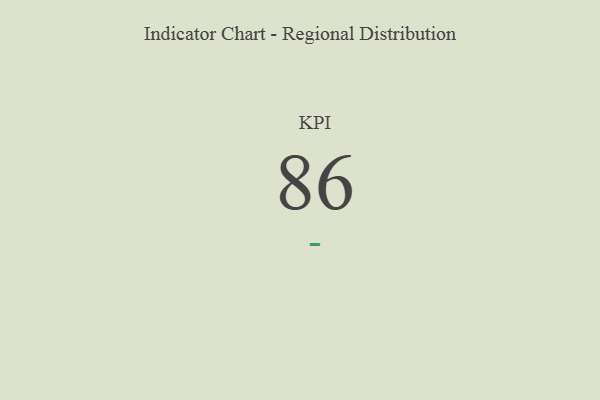
{"axis": {"x": "KPI", "y": "Value"}, "legend": [""], "data": [{"x": "KPI", "y": 86, "type": ""}]}